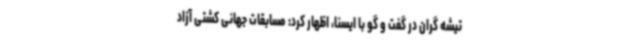
تیشه گران در گفت و گو با ایسنا، اظهار کرد: مسابقات جهانی کشتی آزاد